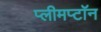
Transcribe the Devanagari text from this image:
प्लीमप्टॉन